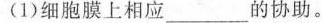
(1)细胞膜上相应___的协助。